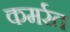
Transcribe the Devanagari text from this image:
कमर्रत